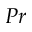
P r